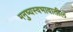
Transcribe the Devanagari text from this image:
मनुष्यस्वभावातील